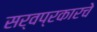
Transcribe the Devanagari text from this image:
सर्वप्रकारचे